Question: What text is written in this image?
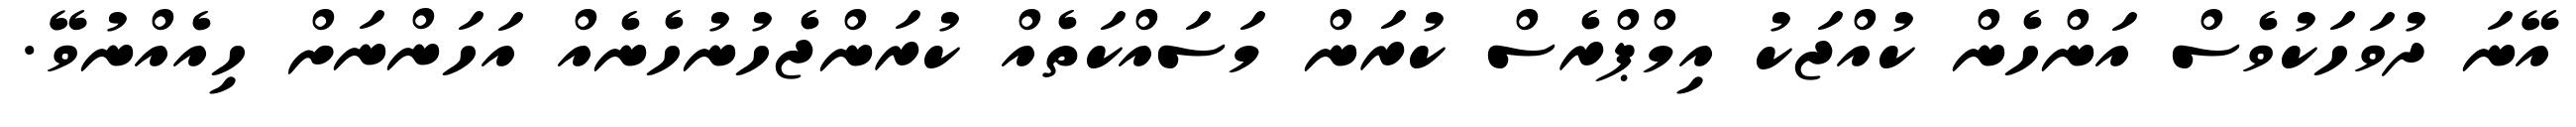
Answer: އޭނަ ދުވަހަކުވެސް އަންހެން ކުއްޖަކު އިމްޕްރެސް ކުރަން މަސައްކަތެއް ކުރަންޖެހުނުހެނެއް އަހަންނަށް ހިއެއްނުވޭ.